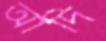
আদি